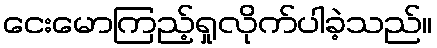
ငေးမောကြည့်ရှုလိုက်ပါခဲ့သည်။